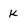
Character: k